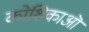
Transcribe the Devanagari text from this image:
कोशिकाऒ